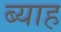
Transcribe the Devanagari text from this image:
ब्‍याह